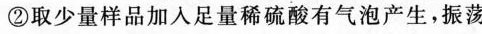
②取少量样品加入足量稀硫酸有气泡产生，振荡